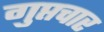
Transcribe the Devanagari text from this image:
गुप्तचार